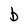
Character: b